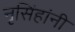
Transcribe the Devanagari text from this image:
नृसिंहांनी